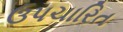
ઉપચારિત